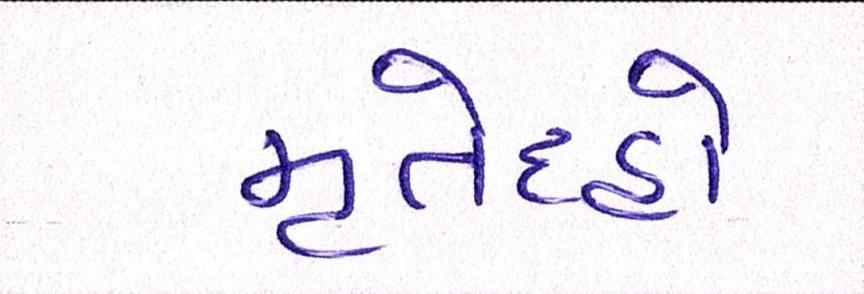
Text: મૃતેદહો